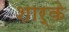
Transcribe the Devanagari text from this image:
शार्के